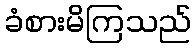
ခံစားမိကြသည်